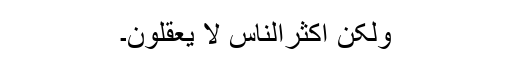
ولٰکن اکثرالنّاسِ لا یعقلون۔